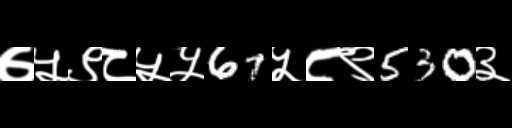
Text: ७५९८५५67५८९530३